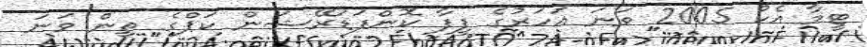
ޓީމާ އެކު 2005 ވަނަ އަހަރުގެ ފީފާ ކޮންފަޑަރޭޝަން ކަޕްގެ ތިން ވަނަ